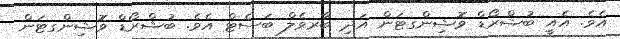
އެވެ. އެއީ ބުޝްރޯޑް ވޮޝިންގޓަން އަދި ބާރވެލް ބަސެޓް އެވެ. ބުޝްރޯޑް ވޮޝިންގޓަން